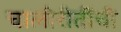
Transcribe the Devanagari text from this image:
चालीरीतींची